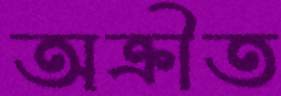
অক্রীত